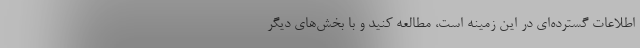
اطلاعات گسترده‌‌ای در این زمینه است، مطالعه کنید و با بخش‌های دیگر